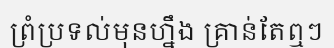
ព្រំប្រទល់មុនហ្នឹង គ្រាន់តែឮៗ